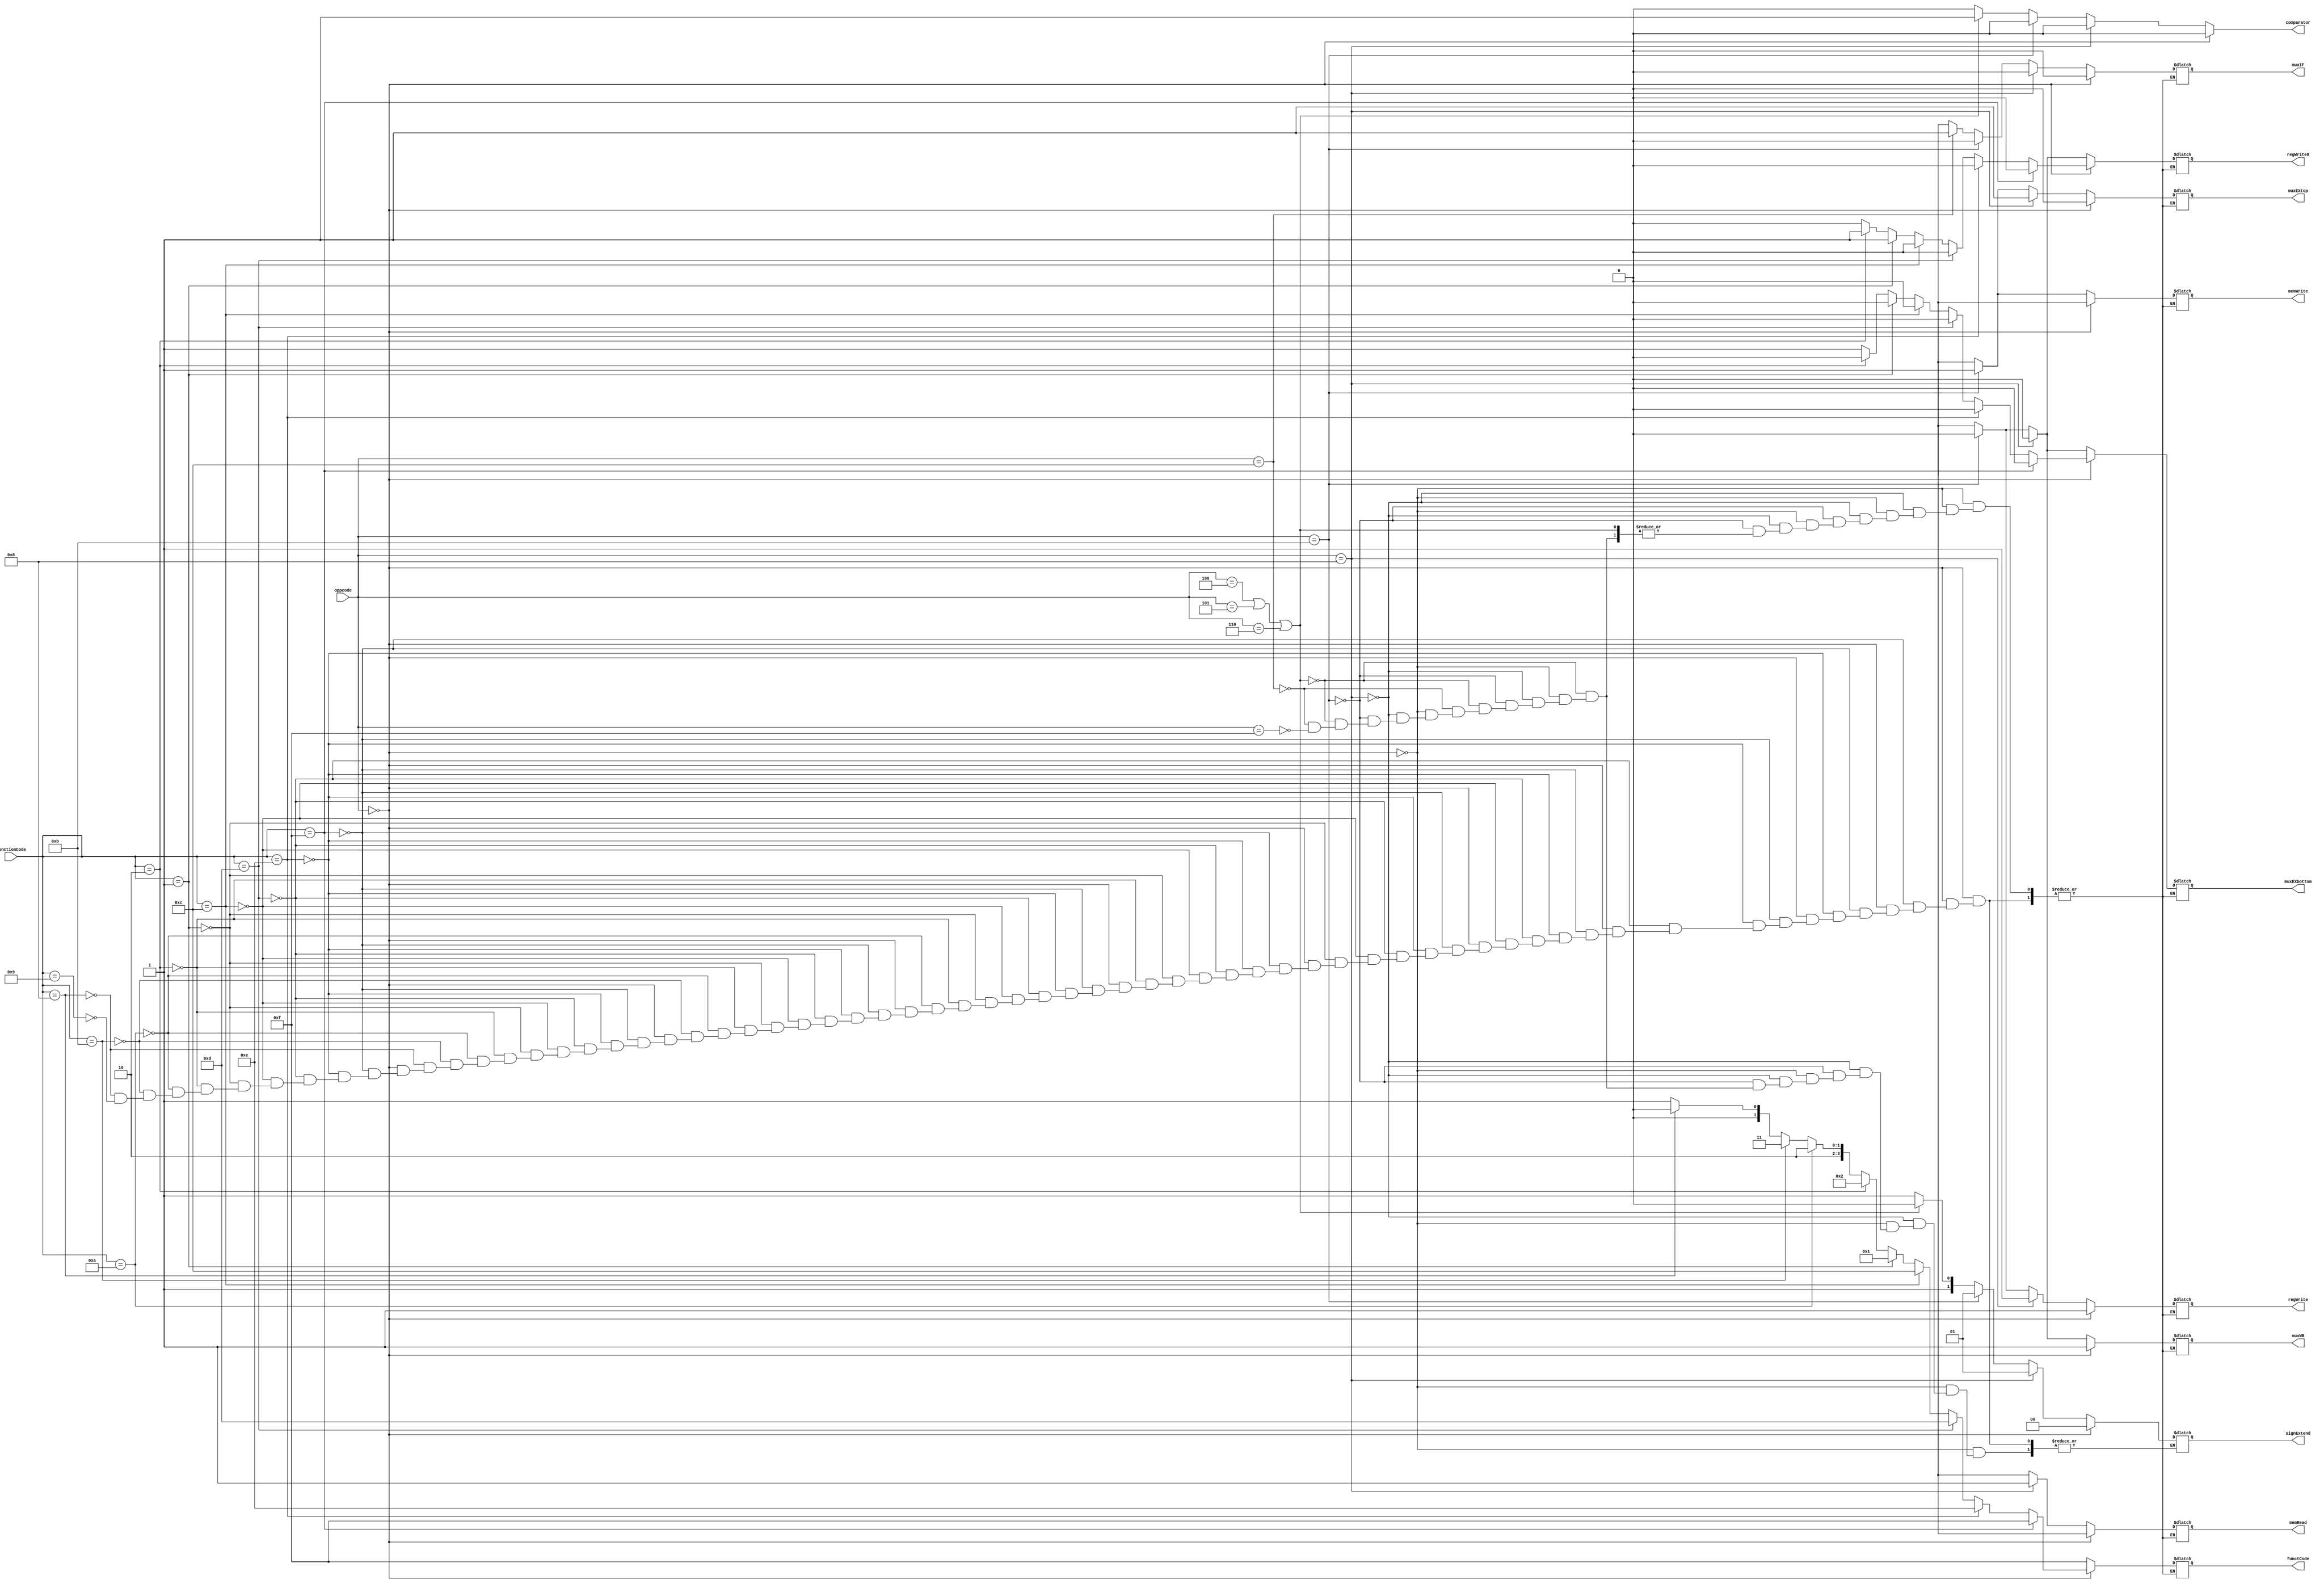
module controlUnit(input[3:0]      oppcode, functionCode, 
                   output reg[3:0] functCode,
                   output reg[1:0] signExtend,
                   output reg      muxIF, muxEXtop, muxEXbottom, muxWB, 
                                   memRead, memWrite, regWrite, regWrite0,
                                   comparator);

always@(*) 
begin
   comparator = 1'b0;
   if (oppcode == 4'b0000) 
      begin
         if (functionCode == 4'b1111)      // signed addition
            begin
               functCode   = 4'b1111;
               signExtend  = 2'bxx;
               muxIF       = 1'b0;
               muxEXtop    = 1'b0;
               muxEXbottom = 1'b0;
	           muxWB       = 1'b1;
               memRead     = 1'bx;
               memWrite    = 1'bx;
               regWrite    = 1'b1;
               regWrite0   = 1'b0;
            end
         else if (functionCode == 4'b1110) // signed subtraction
            begin
               functCode   = 4'b1110;
               signExtend  = 2'bxx;
               muxIF       = 1'b0;
	           muxEXtop    = 1'b0;
               muxEXbottom = 1'b0;
	           muxWB       = 1'b1;
               memRead     = 1'bx;
               memWrite    = 1'bx;
               regWrite    = 1'b1;
               regWrite0   = 1'b0;
            end
         else if (functionCode == 4'b1101) // bitwise and
            begin
               functCode   = 4'b1101;
               signExtend  = 2'bxx;
               muxIF       = 1'b0;
	           muxEXtop    = 1'b0;
	           muxEXbottom = 1'b0;
	           muxWB       = 1'b1;
               memRead     = 1'bx;
               memWrite    = 1'bx;
	           regWrite    = 1'b1;
	           regWrite0   = 1'b0;
            end
         else if (functionCode == 4'b1100) // bitwise or
            begin
	           functCode   = 4'b1100;
	           signExtend  = 2'bxx;
               muxIF       = 1'b0;
	           muxEXtop    = 1'b0;
	           muxEXbottom = 1'b0;
	           muxWB       = 1'b1;
               memRead     = 1'bx;
               memWrite    = 1'bx;
	           regWrite	   = 1'b1;
	           regWrite0   = 1'b0;
	        end
         else if (functionCode == 4'b0001) // signed multiplication
            begin
               functCode   = 4'b0001;
	           signExtend  = 2'bxx;
               muxIF       = 1'b0;
	           muxEXtop    = 1'b0;
	           muxEXbottom = 1'b0;
	           muxWB       = 1'b1;
               memRead     = 1'bx;
               memWrite    = 1'bx;
	           regWrite	   = 1'b1;
	           regWrite0   = 1'b1;
	        end
         else if (functionCode == 4'b0010) // signed division
            begin
	           functCode   = 4'b0010;
	           signExtend  = 2'bxx;
               muxIF       = 1'b0;
	           muxEXtop    = 1'b0;
	           muxEXbottom = 1'b0;
	           muxWB       = 1'b1;
               memRead     = 1'bx;
               memWrite    = 1'bx;
	           regWrite	   = 1'b1;
	           regWrite0   = 1'b1;
	        end
         else if (functionCode == 4'b1010) // logical shift left
            begin
   	           functCode   = 4'b1010;
	           signExtend  = 2'b00;
               muxIF       = 1'b0;
	           muxEXtop    = 1'b0;
	           muxEXbottom = 1'b1;
	           muxWB       = 1'b1;
               memRead     = 1'bx;
               memWrite    = 1'bx;
	           regWrite	   = 1'b1;
	           regWrite0   = 1'b0;
            end
         else if (functionCode == 4'b1011) // logical shift right
            begin
	           functCode   = 4'b1011;
	           signExtend  = 2'b00;
               muxIF       = 1'b0;
	           muxEXtop    = 1'b0;
	           muxEXbottom = 1'b1;
	           muxWB       = 1'b1;
               memRead     = 1'bx;
               memWrite    = 1'bx;
	           regWrite	   = 1'b1;
	           regWrite0   = 1'b0;
	    end
         else if (functionCode == 4'b1000) // rotate left
            begin
  	           functCode   = 4'b1000;
	           signExtend  = 2'b00;
               muxIF       = 1'b0;
	           muxEXtop    = 1'b0;
	           muxEXbottom = 1'b1;
	           muxWB       = 1'b1;
               memRead     = 1'bx;
               memWrite    = 1'bx;
	           regWrite	   = 1'b1;
	           regWrite0   = 1'b0;
	        end
         else if (functionCode == 4'b1001) // rotate right
            begin
               functCode   = 4'b1001;
	           signExtend  = 2'b00;
               muxIF       = 1'b0;
	           muxEXtop    = 1'b0;
	           muxEXbottom = 1'b1;
	           muxWB       = 1'b1;
               memRead     = 1'bx;
               memWrite    = 1'bx;
	           regWrite	   = 1'b1;
	           regWrite0   = 1'b0;
	    end
//         else
//            $display("unknown functCode");
      end
   else if (oppcode == 4'b1000)            // load
      begin
         functCode	       = 4'b1111;
	     signExtend	       = 2'b01;
         muxIF             = 1'b0;
	     muxEXtop          = 1'b1;
	     muxEXbottom       = 1'b0;
	     muxWB             = 1'b0;
         memRead           = 1'b1;
	     memWrite          = 1'bx;
	     regWrite          = 1'b1;
	     regWrite0         = 1'b0;
      end
   else if (oppcode == 4'b1011)            // store
      begin
         functCode	       = 4'b1111;
	     signExtend	       = 2'b01;
         muxIF             = 1'b0;
	     muxEXtop          = 1'b1;
	     muxEXbottom	   = 1'b0;
	     muxWB             = 1'b0;
         memRead           = 1'bx;
	     memWrite          = 1'b1;
	     regWrite          = 1'b0;
	     regWrite0         = 1'b0;
      end
   else if ((oppcode == 4'b0100) || (oppcode == 4'b0101) || (oppcode == 4'b0110))           // branch
      begin
         signExtend        = 2'b10;
         comparator        = 1'b1;
      end
   else if (oppcode == 4'b1100)            // jump
      begin
         functCode	       = 4'b1111;
	     signExtend	       = 2'b11;
         muxIF             = 1'b1;
         muxEXtop          = 1'bx;
	     muxEXbottom	   = 1'bx;
         muxWB             = 1'bx;
         memRead           = 1'bx;
         memWrite          = 1'bx;
         regWrite          = 1'bx;
         regWrite0         = 1'bx;
      end
   else if (oppcode == 4'b1111)            // halt
      begin
         functCode	       = 4'b1111;
	     signExtend	       = 2'b11;
         muxIF             = 1'bx;
         muxEXtop          = 1'bx;
	     muxEXbottom	   = 1'bx;
         muxWB             = 1'bx;
         memRead           = 1'bx;
         memWrite          = 1'bx;
	     regWrite          = 1'bx;
	     regWrite0         = 1'bx;
      end
   else
      $display("unknown opCode");
end

endmodule